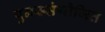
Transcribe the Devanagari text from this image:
पुनस्संयोजित